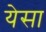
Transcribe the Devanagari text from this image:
येसा